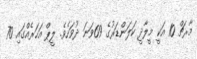
މާރޗް 10 އަކީ މީލާދީ ކަލަންޑަރުގެ 69ވަނަ ދުވަހެވެ. ލީޕް އަހަރެއްގައި 70